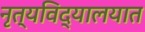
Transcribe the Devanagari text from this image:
नृत्यविद्यालयात